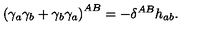
\left( \gamma _ { a } \gamma _ { b } + \gamma _ { b } \gamma _ { a } \right) ^ { A B } = - \delta ^ { A B } h _ { a b } .